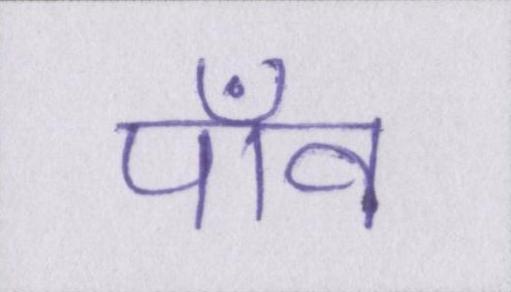
पाँव